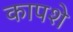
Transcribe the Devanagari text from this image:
कापशे